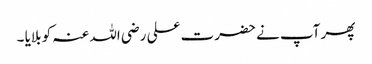
پھر آپ نے حضرت علی رضی اللہ عنہ کو بلایا ۔